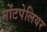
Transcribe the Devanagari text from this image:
मोंटपेलियर